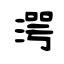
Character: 湂